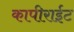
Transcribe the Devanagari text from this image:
कापीराईट